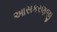
આસકરણજી